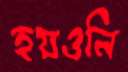
হয়ওনি